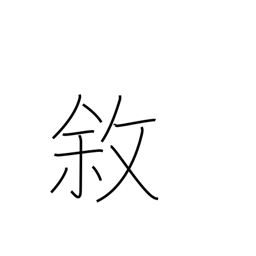
Meaning: state